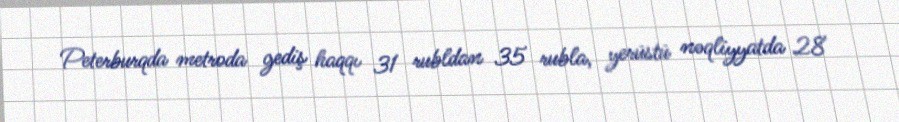
Peterburqda metroda gediş haqqı 31 rubldan 35 rubla, yerüstü nəqliyyatda 28